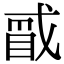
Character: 𪭑